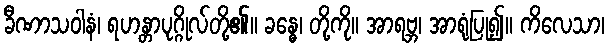
ခီဏာသဝါနံ၊ ရဟန္တာပုဂ္ဂိုလ်တို့၏။ ခန္ဓေ၊ တို့ကို။ အာရဗ္ဘ၊ အာရုံပြု၍။ ကိလေသာ၊